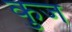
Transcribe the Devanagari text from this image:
कुज